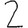
Digit: 2